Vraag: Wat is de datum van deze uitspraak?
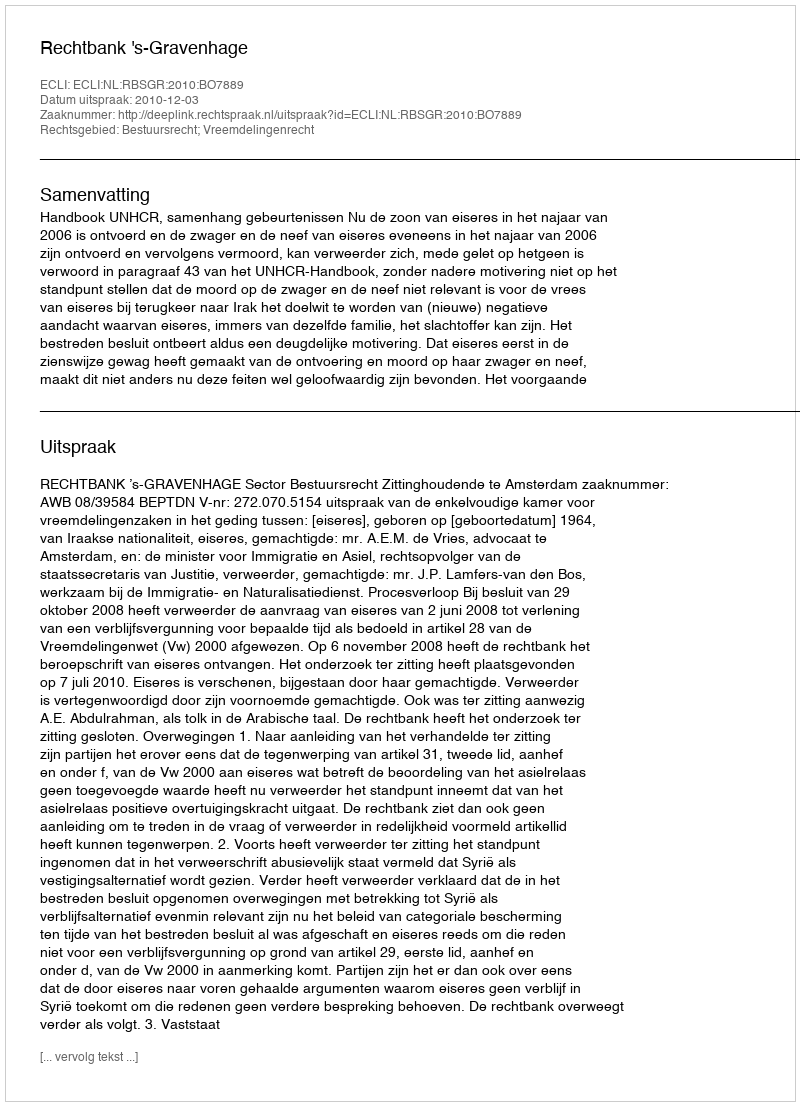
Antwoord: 2010-12-03